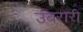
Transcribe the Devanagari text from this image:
उंबरारी